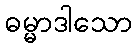
ဓမ္မာဒါသော